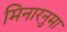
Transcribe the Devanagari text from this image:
मिनारनुमा